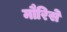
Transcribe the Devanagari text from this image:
मौरिसे